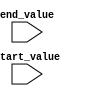
module incremental_for_loop (
    input wire [7:0] start_value,
    input wire [7:0] end_value
);

reg [7:0] counter;

always @ (posedge clk or negedge reset) begin
    if (!reset) begin
        counter <= 8'd0;
    end else begin
        if (counter < end_value) begin
            // Perform specific action here
            // Increment counter
            counter <= counter + 8'd1;
        end
    end
end

endmodule